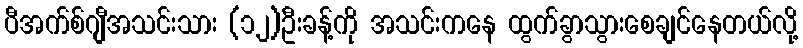
ပီအက်စ်ဂျီအသင်းသား (၁၂)ဦးခန့်ကို အသင်းကနေ ထွက်ခွာသွားစေချင်နေတယ်လို့